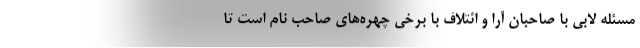
مسئله لابی با صاحبان آرا و ائتلاف با برخی چهره‌های صاحب نام است تا